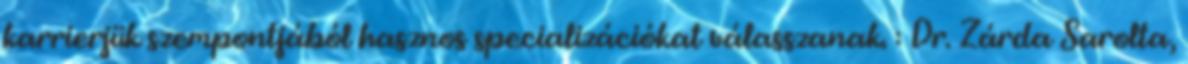
karrierjük szempontjából hasznos specializációkat válasszanak. : Dr. Zárda Sarolta,